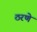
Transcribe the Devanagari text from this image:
ठरणे